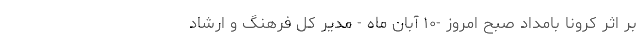
بر اثر کرونا بامداد صبح امروز -۱۰ آبان ماه - مدیر کل فرهنگ و ارشاد